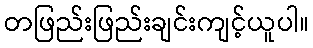
တဖြည်းဖြည်းချင်းကျင့်ယူပါ။